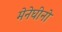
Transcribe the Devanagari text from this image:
मेनेघीनो